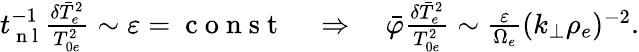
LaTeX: \begin{array}{r}{t_{\mathrm{~n~l~}}^{-1}\frac{\delta\bar{T}_{e}^{2}}{T_{0e}^{2}}\sim\varepsilon=\mathrm{~c~o~n~s~t~}\quad\Rightarrow\quad\bar{\varphi}\frac{\delta\bar{T}_{e}^{2}}{T_{0e}^{2}}\sim\frac{\varepsilon}{\Omega_{e}}(k_{\perp}\rho_{e})^{-2}.}\end{array}